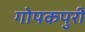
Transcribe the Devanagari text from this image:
गोपकपुरी